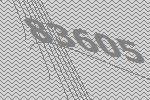
83605